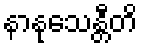
နာနုသေန္တီတိ